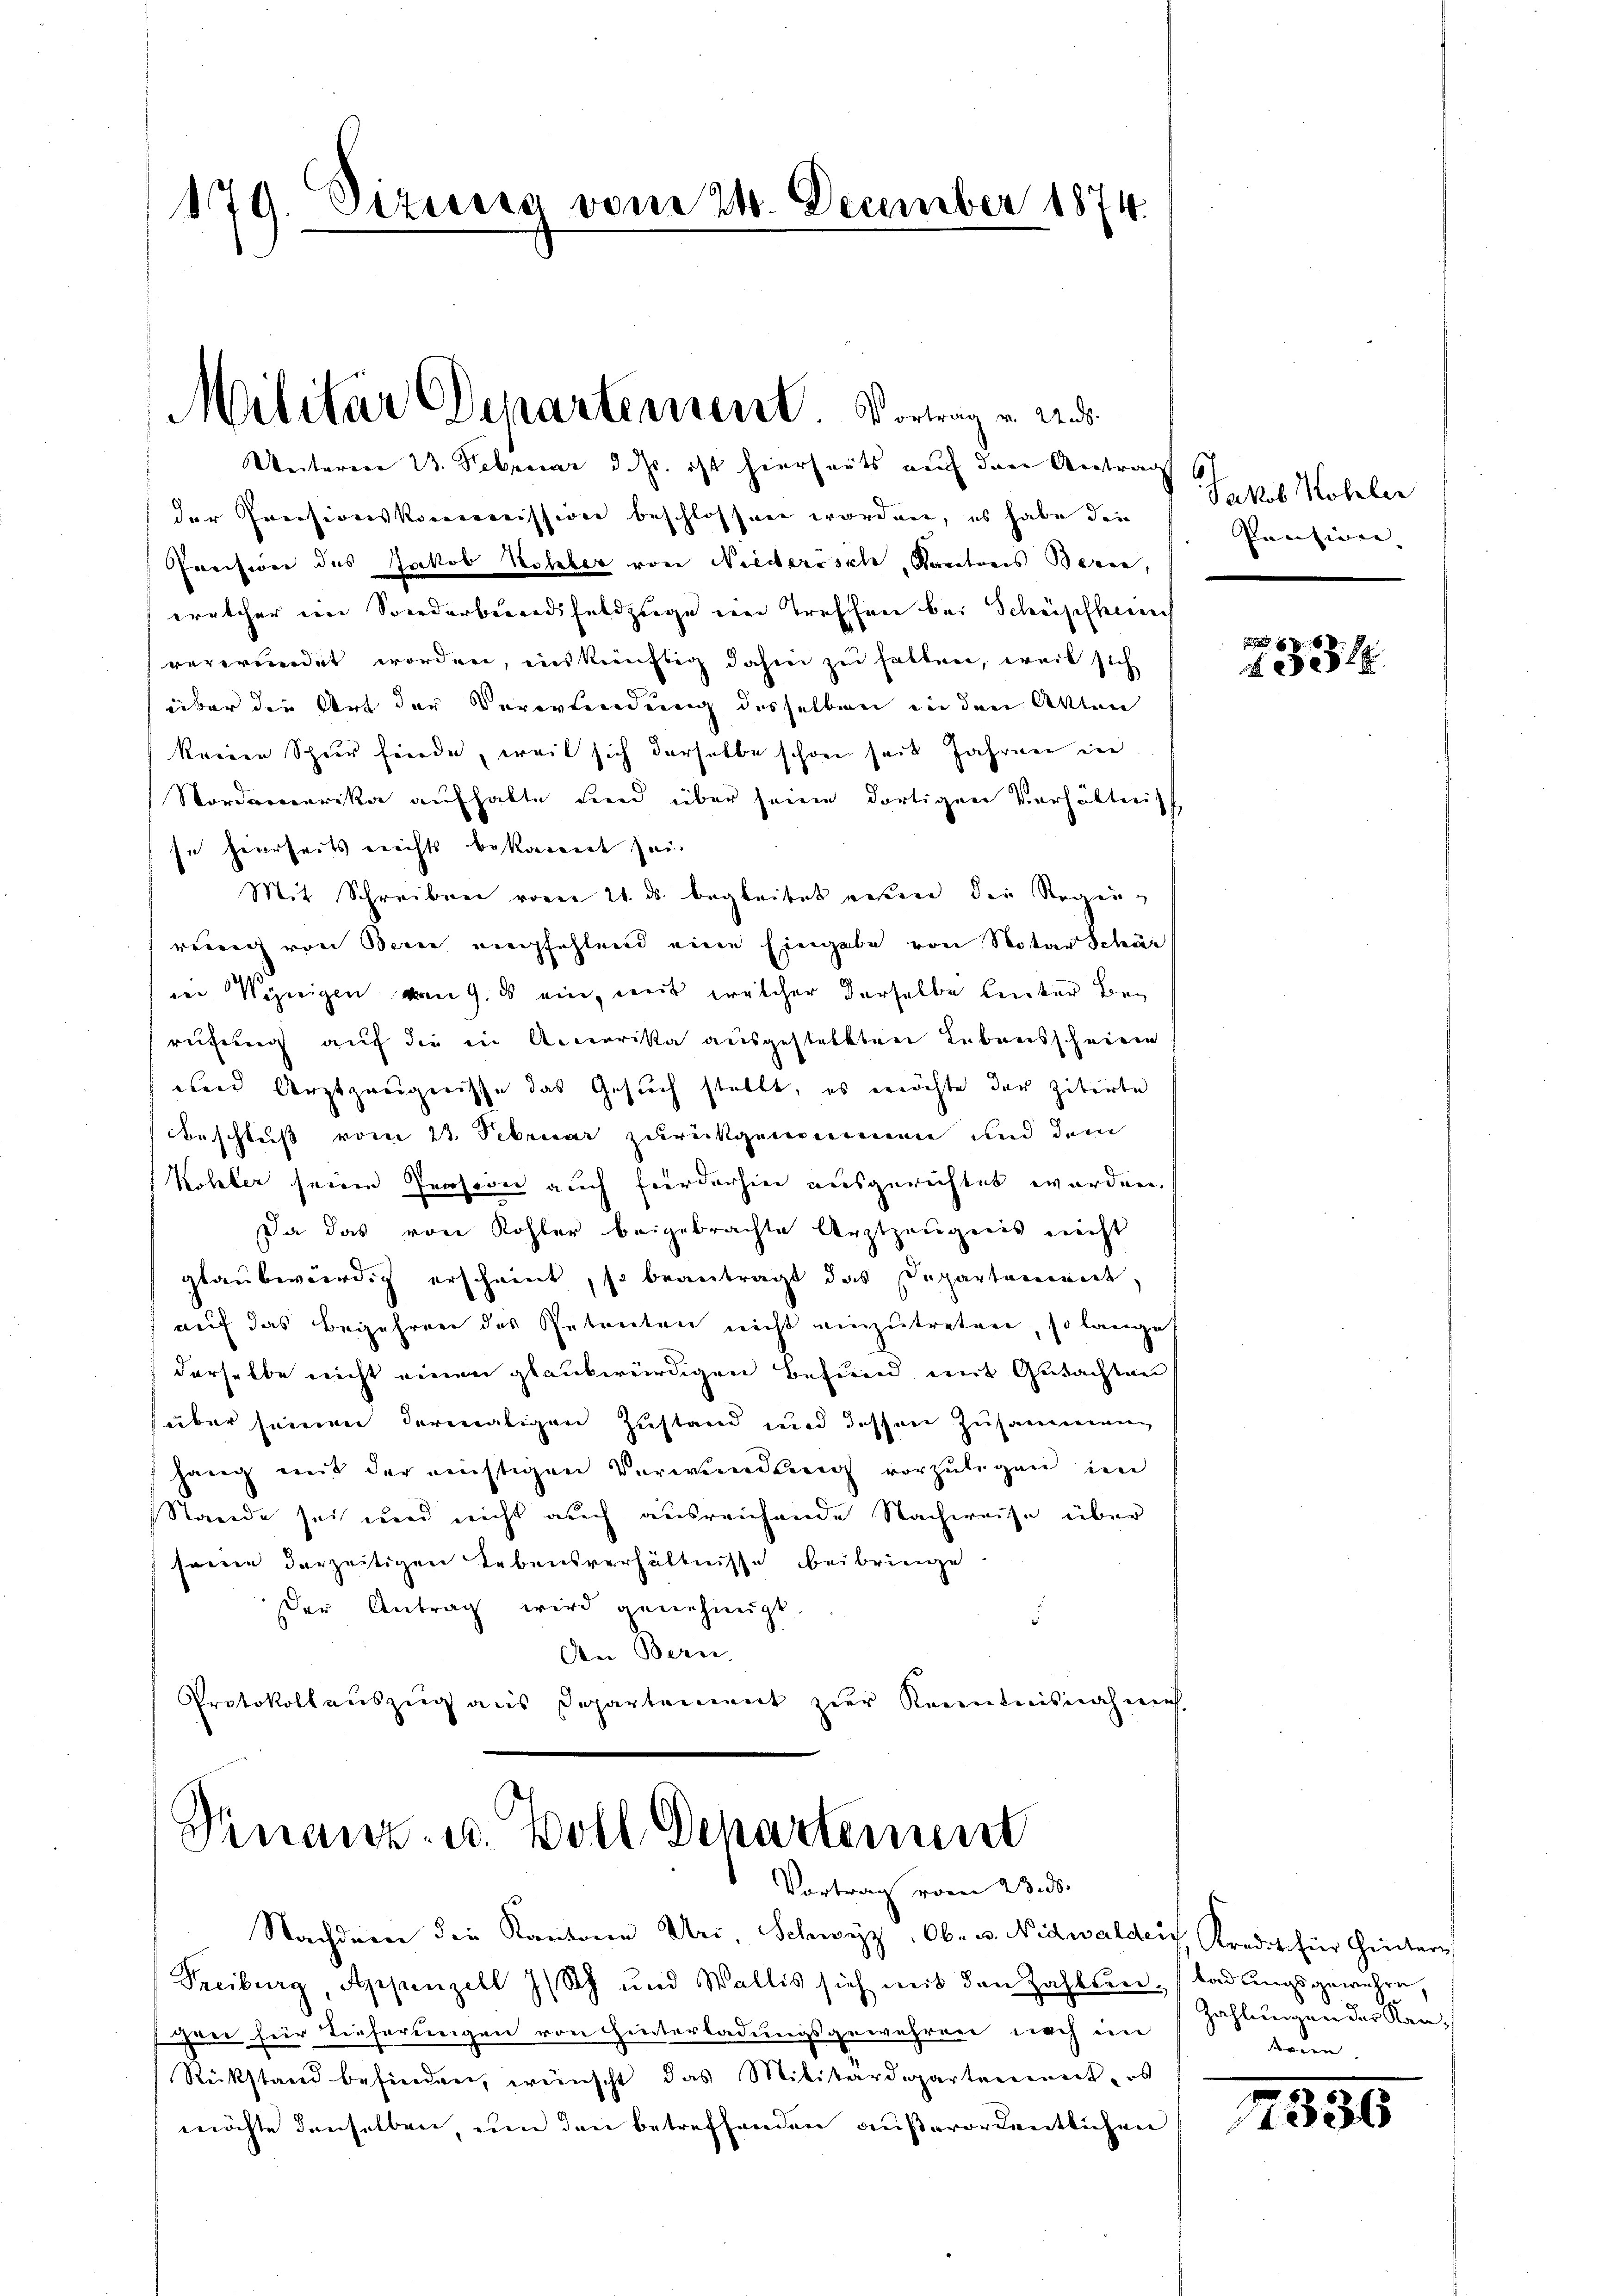
179. Sizisca vom 24. December 1874.

Militär Departement. Vortrag v. 2. ds.
Unteren 13. Februar d. Js. ist hierheits auf den Antrag

der Preisionskommission beschlossen worden, es habe die
Preision des Jakob Kohler von Niederisch, Kantons Bern,
welcher im Sonderbundsfeldzuge ein Treffen bei Schüpfheine
verwundet worden, inskünftig dahin zu halten, weil sich
über die Art der Verortendung desselben in den Akten
keine Schur friede, weil sich derselbe schon seit Jahren inn
Nordernerika aufhalte und über seine dortigen Verhältniss
se hierseits errichts bekannt sei.
Mit Schreiben vom 21. ds. begleitet wesen die Regenreuig von Bern empfehlend eine Eingabe von Notar Schär
in Wenigen vom 9. ds ein, mit welcher derselbe linker Bey
rufung auf die in Amerika ausgesteckten Lebensscheinen
abend Arztzeugnisse das Gesuch stellt, es möchte der zitirte
Beschluß vom 23. Februar zurückgenommen und dem
Kohler seine Persion auch fierdarhin ausgerichtet worden.
Da das von Kohler beigebrachte Arztzeugnis nicht
glaubwürdig erscheint, so beantragt das Departement,
auf das Begehren des Petenten nicht einzutreten, so lange
derselbe nicht einen glaubwürdigen Befund mit Gutachten
über seinen dermaligen Zustand und dessen Zusammenhang mit der nichtigen Verwundung vorzŭlegen im
Stande sei und nicht auch ausreichende Nachweise über
seien derzeitigen Lebensverhältnisse beibringe
der Antrag wird genehmigt.
5
An Bern
Protokollauszug aus Departement zur Kenntnisnahme,

Finanz- u. Voll Departement
Vortrag vom 23. ds.

Nachdem die Kantone Uri, Schwyz, Ob- u. Nidwalden Kredit für Hinter
Freiburg, Appenzell I/Rh. und Wallis sich mit den Zahlten. (ladŭngsgewehre,
gen für Tieferungen von Hinterladungsgewehren noch im
Rückstand befinden, wünscht das Militärdepartennert, es
möchte denselben, um den betreffenden außerordentlichen

6)
Jakob Kohler
Pension. |
d

x
45216.

Zahlungen der Kankann.

4330